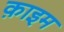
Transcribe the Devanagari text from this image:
क़ाइम